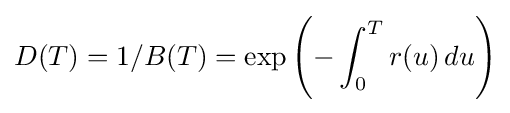
D(T)=1/B(T)=\exp \left(-\int _{0}^{T}r(u)\,du\right)